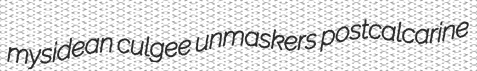
mysidean culgee unmaskers postcalcarine